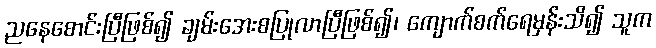
ညနေစောင်းပြီဖြစ်၍ ချမ်းအေးစပြုလာပြီဖြစ်၍၊ ကျောက်စက်ရေမှန်းသိ၍ သူက